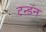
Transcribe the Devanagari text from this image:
टन्डन